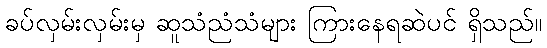
ခပ်လှမ်းလှမ်းမှ ဆူသံညံသံများ ကြားနေရဆဲပင် ရှိသည်။